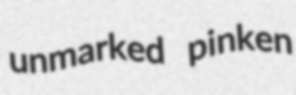
unmarked pinken